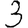
Digit: 3